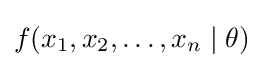
f(x_{1},x_{2},\ldots ,x_{n}\mid \theta )